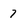
Character: 7